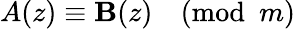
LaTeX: A(z)\equiv\mathbf{B}(z){\pmod{m}}